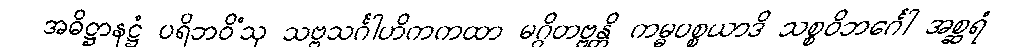
အဓိဋ္ဌာနဋ္ဌံ ပရိဘဝိံသု သဗ္ဗသင်္ဂါဟိကကထာ မဂ္ဂိတဗ္ဗန္တိ ကမ္မပစ္စယာဒိ သစ္စဝိဘင်္ဂေါ အစ္ဆရံ